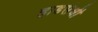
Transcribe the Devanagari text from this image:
हाडसंधी